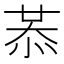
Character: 𢚈